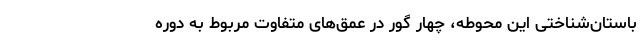
باستان‌شناختی این محوطه، چهار گور در عمق‌های متفاوت مربوط به دوره